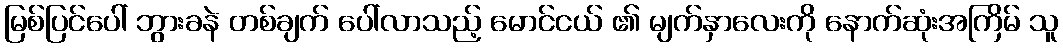
မြစ်ပြင်ပေါ် ဘွားခနဲ တစ်ချက် ပေါ်လာသည့် မောင်ငယ် ၏ မျက်နှာလေးကို နောက်ဆုံးအကြိမ် သူ